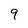
Character: 9